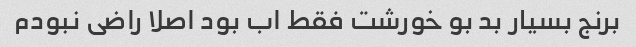
برنج بسیار بد بو خورشت فقط اب بود اصلا راضی نبودم